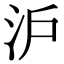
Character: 沪